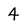
Character: 4